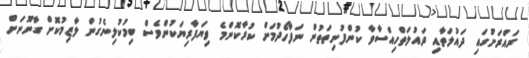
ރައްރަށުަގައި ދައުލަތާއި ދައުލަތްހިއްސާވާ ކުންފުނިތަތުން ނަފާހޯދުމަށް ކުރާކޮންމެ ވިޔަފާރިޔަކުންވެސް ބިމުކުލިނެގުން ލާޒިމުކޮށް ގާނޫނަށް